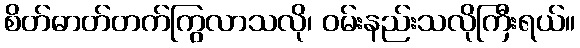
စိတ်ဓာတ်တက်ကြွလာသလို၊ ဝမ်းနည်းသလိုကြီးရယ်။